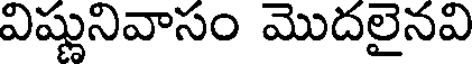
విష్ణునివాసం మొదలైనవి